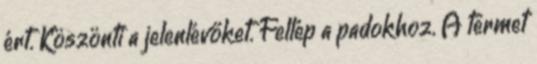
ért. Köszönti a jelenlévőket. Fellép a padokhoz. A termet